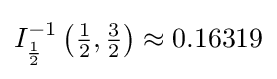
I_{\frac {1}{2}}^{-1}\left({\tfrac {1}{2}},{\tfrac {3}{2}}\right)\approx 0.16319